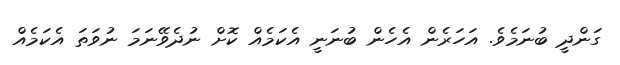
ގަންދީ ބުނަމެވެ. އަހަރެން އެހެން ބުނަނީ އެކަމެއް ކޮށް ނުދެވޭނަމަ ނުވަތަ އެކަމެއް